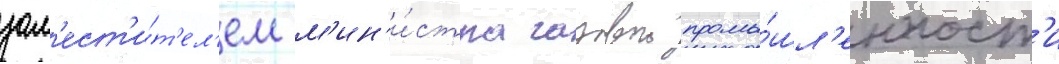
зам'ест'и́т'ел'ем м'ин'и́стра газовои промы́шл'енност'и